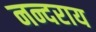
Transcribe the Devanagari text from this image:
नन्दराय